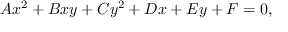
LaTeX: A x ^ { 2 } + B x y + C y ^ { 2 } + D x + E y + F = 0 ,